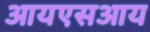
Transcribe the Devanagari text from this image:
आयएसआय